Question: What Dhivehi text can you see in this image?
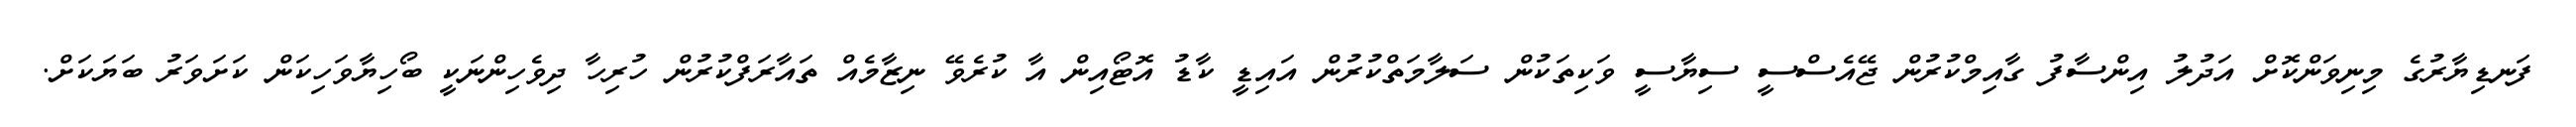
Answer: ފަނޑިޔާރުގެ މިނިވަންކޮށް އަދުލު އިންސާފު ގާއިމްކުރުން ޖޭއެސްސީ ސިޔާސީ ވަކިތަކުން ސަލާމަތްކުރުން އައިޑީ ކާޑު އޮޓޯއިން އާ ކުރެވޭ ނިޒާމެއް ތައާރަފްކުރުން ހުރިހާ ދިވެހިންނަކީ ބޯހިޔާވަހިކަން ކަށަވަރު ބަޔަކަށް.